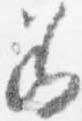
若